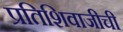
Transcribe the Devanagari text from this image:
प्रतिशिवाजीची